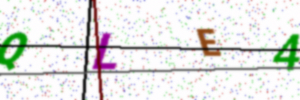
Text: QLE4